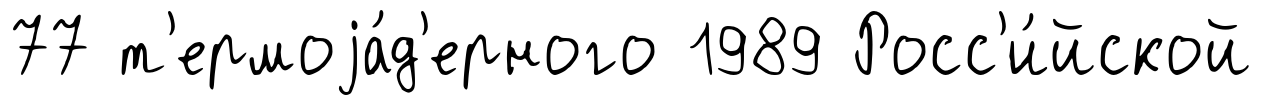
77 т'ермоjа́д'ерного 1989 Росс'и́йской